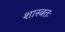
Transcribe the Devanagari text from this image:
शास्त्रतः